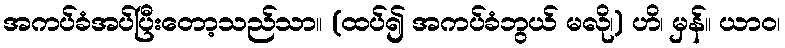
အကပ်ခံအပ်ပြီးတော့သည်သာ။ (ထပ်၍ အကပ်ခံဘွယ် မလို၊) ဟိ၊ မှန်။ ယာဝ၊